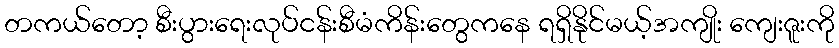
တကယ်တော့ စီးပွားရေးလုပ်ငန်းစီမံကိန်းတွေကနေ ရရှိနိုင်မယ့်အကျိုး ကျေးဇူးကို